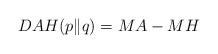
LaTeX: \begin{align*}DAH(p\|q)=MA-MH\end{align*}